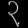
Digit: ၃